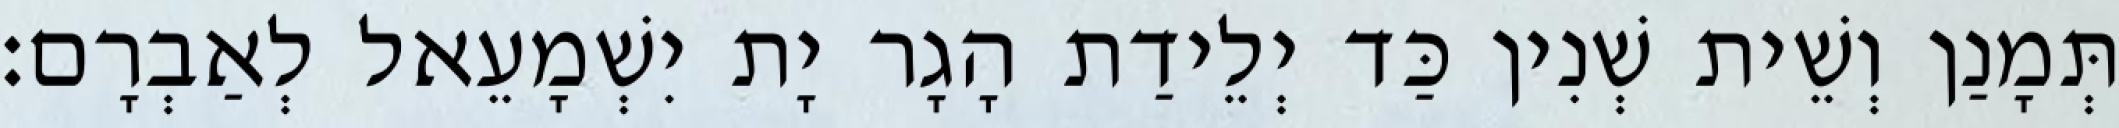
תְּמָנַן וְשֵׁית שְׁנִין כַּד יְלֵידַת הָגָר יָת יִשְׁמָעֵאל לְאַבְרָם׃